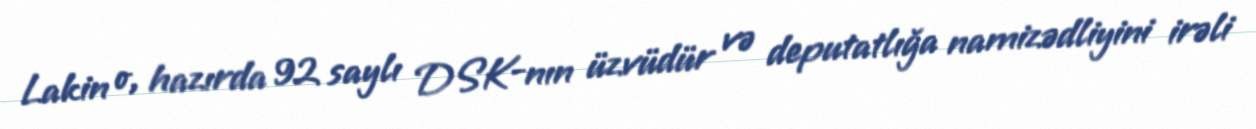
Lakin o, hazırda 92 saylı DSK-nın üzvüdür və deputatlığa namizədliyini irəli